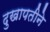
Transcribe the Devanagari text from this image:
दुखापतीने